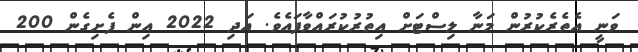
ވަނީ އެތެރެކުރުން މަނާ ލިސްޓަށް އިތުރުކުރައްވާފައެވެ. އަދި 2022 އިން ފެށިގެން 200